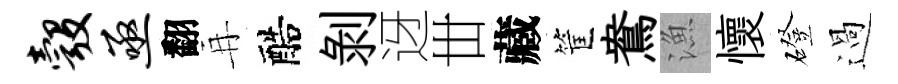
彀亟翻再醅剝迓丗藏筐鴦漁懷磴過